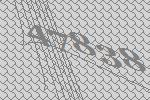
47838